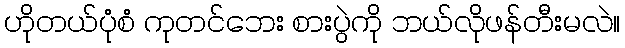
ဟိုတယ်ပုံစံ ကုတင်ဘေး စားပွဲကို ဘယ်လိုဖန်တီးမလဲ။